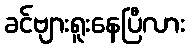
ခင်ဗျားရူးနေပြီလား